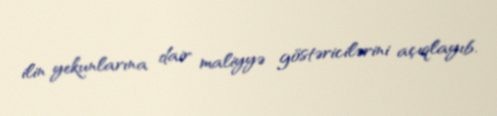
ilin yekunlarına dair maliyyə göstəricilərini açıqlayıb.